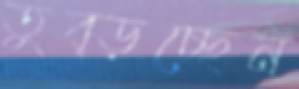
তুব্‌ড়চ্ছেন